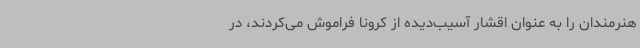
هنرمندان را به عنوان اقشار آسیب‌دیده از کرونا فراموش می‌کردند، در